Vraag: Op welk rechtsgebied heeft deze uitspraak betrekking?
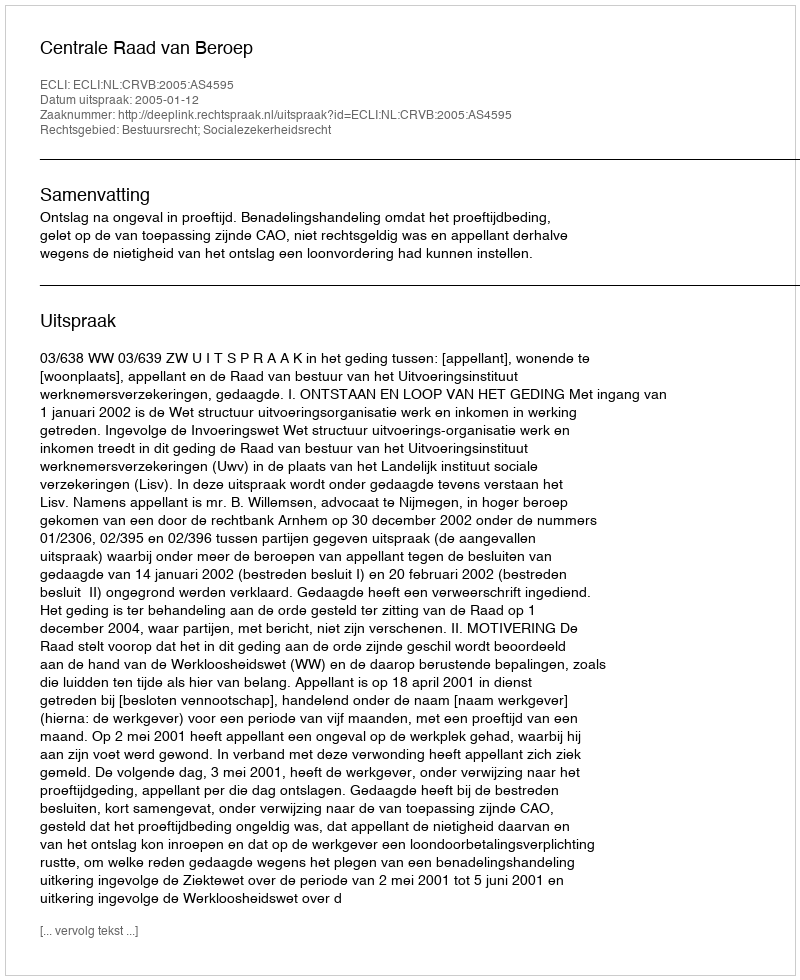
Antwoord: Bestuursrecht; Socialezekerheidsrecht